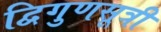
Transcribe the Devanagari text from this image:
द्विगुणसूत्री